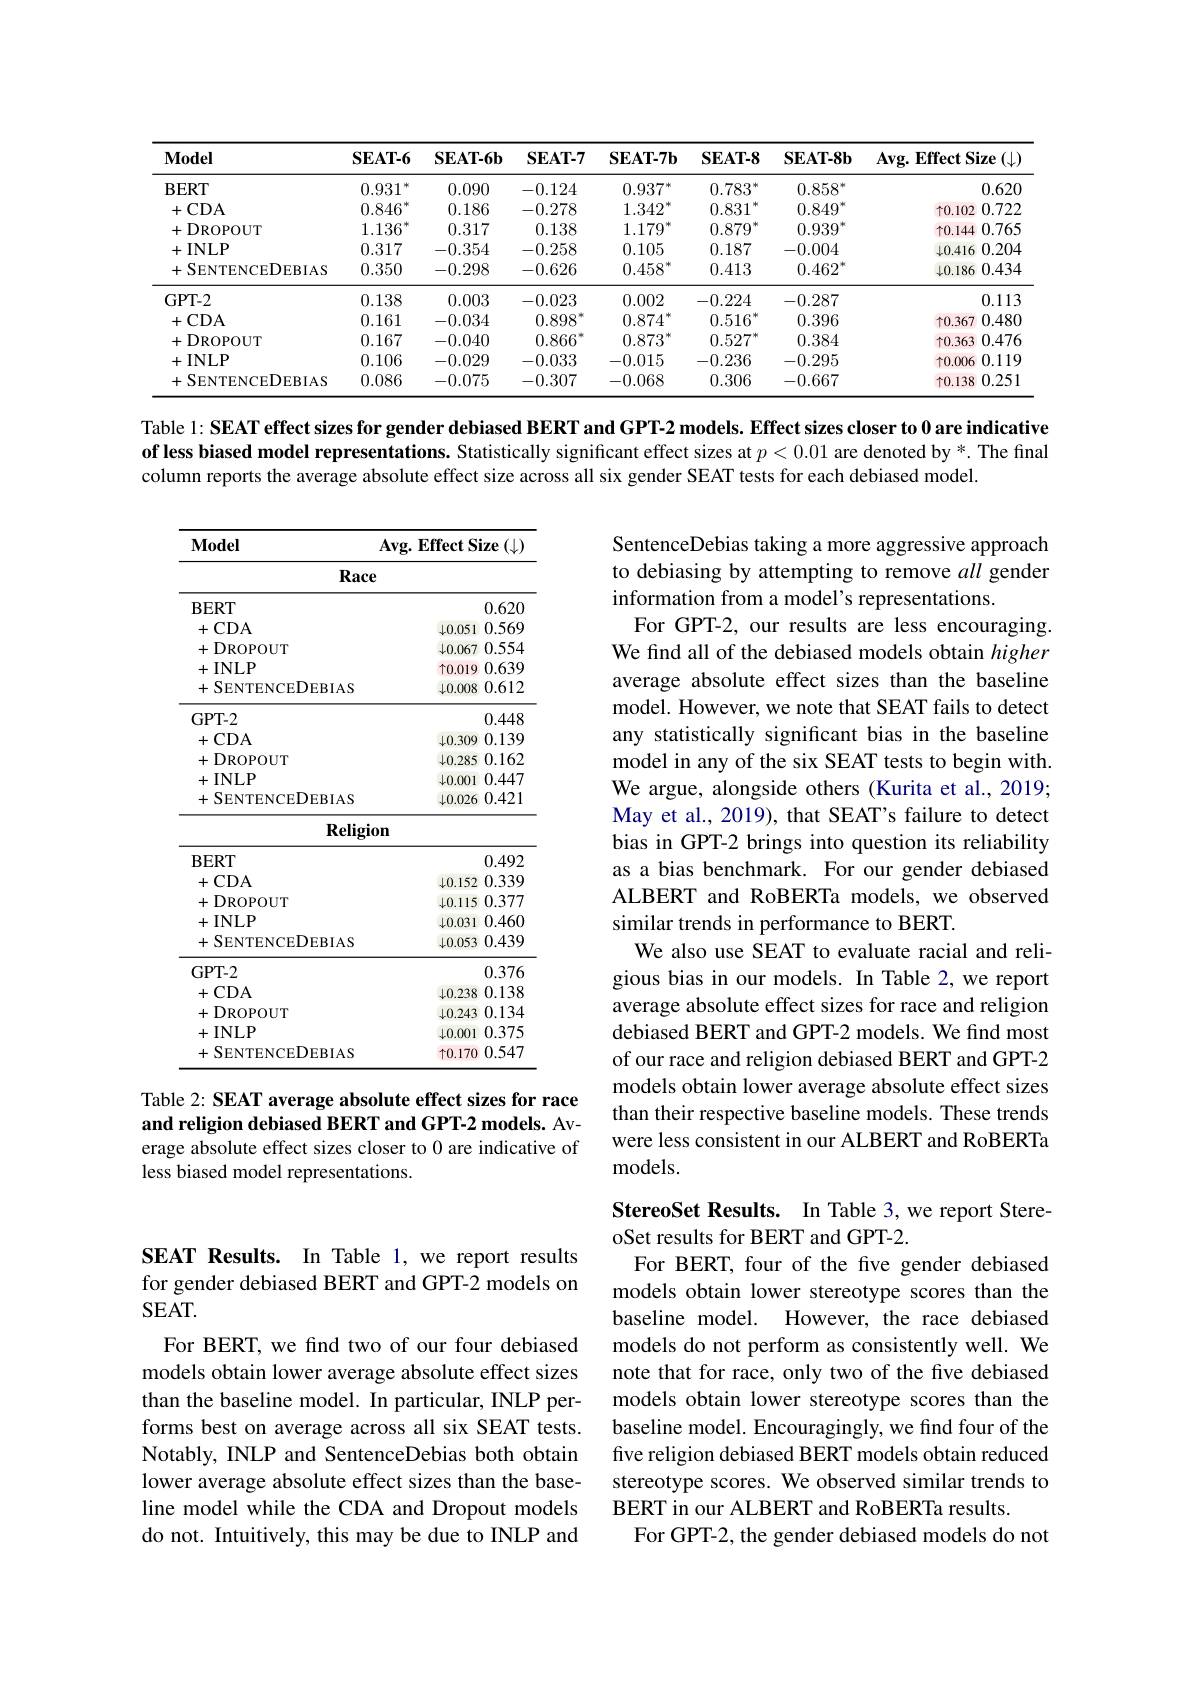
<table>
	<tbody>
		<tr>
			<th>$\mathbf{Model}$</th>
			<th>$\mathbf{SEAT-6}$</th>
			<th>$\mathbf{SEAT-6b}$</th>
			<th>$\mathbf{SEAT-7}$</th>
			<th>$\mathbf{SEAT-7b}$</th>
			<th>$iAT-8$</th>
			<th>$\mathbf{SEAT-8b}$</th>
			<th>$\mathbf{Avg.Effect~Size}$ $(\downarrow$</th>
		</tr>
		<tr>
			<td>$\mathbf{BERT}$</td>
			<td>0.931</td>
			<td>0.090</td>
			<td>-0.124</td>
			<td>$0.937^{*}$</td>
			<td>$.783^{\prime}$</td>
			<td>$0.858^{*}$</td>
			<td>0.620</td>
		</tr>
		<tr>
			<td>+CDA</td>
			<td>0.846</td>
			<td>0.186</td>
			<td>-0.278</td>
			<td>1.342</td>
			<td>.831</td>
			<td>0.849 1</td>
			<td>$\uparrow0.102$ 0.722</td>
		</tr>
		<tr>
			<td>+DROPOUT</td>
			<td>1.136</td>
			<td>0.317</td>
			<td>0.138</td>
			<td>1.179</td>
			<td>.879</td>
			<td>0.939 $1^{\prime}$</td>
			<td>$\uparrow0.144$ 0.765</td>
		</tr>
		<tr>
			<td>+INLP</td>
			<td>0.317</td>
			<td>-0.354</td>
			<td>-0.258</td>
			<td>0.105</td>
			<td>.187</td>
			<td>-0.004</td>
			<td>$\downarrow0.416$ 0.204</td>
		</tr>
		<tr>
			<td>+SENTENCEDEBIAS</td>
			<td>0.350</td>
			<td>-0.298</td>
			<td>-0.626</td>
			<td>$0.458^{*}$</td>
			<td>.413</td>
			<td>0.462</td>
			<td>$\downarrow0.186$ 0.434</td>
		</tr>
		<tr>
			<td>GPT- 2</td>
			<td>0.138</td>
			<td>0.003</td>
			<td>-0.023</td>
			<td>0.002</td>
			<td>.224</td>
			<td>-0.287</td>
			<td>0.113</td>
		</tr>
		<tr>
			<td>+CDA</td>
			<td>0.161</td>
			<td>-0.034</td>
			<td>0.898</td>
			<td>0.874 1</td>
			<td>.516</td>
			<td>0.396</td>
			<td>个0.367 0.480</td>
		</tr>
		<tr>
			<td>+DROPOUT</td>
			<td>0.167</td>
			<td>-0.040</td>
			<td>0.866 1.</td>
			<td>0.873</td>
			<td>$.527^{\prime}$ $I$</td>
			<td>0.384</td>
			<td>个0.363 $0.47\epsilon$</td>
		</tr>
		<tr>
			<td>+INLP</td>
			<td>0.106</td>
			<td>-0.029</td>
			<td>-0.033</td>
			<td>-0.015</td>
			<td>.236</td>
			<td>-0.295</td>
			<td>$\uparrow0.006$ 0.115</td>
		</tr>
		<tr>
			<td>+SENTENCEDEBIAS</td>
			<td>0.086</td>
			<td>-0.075</td>
			<td>-0.307</td>
			<td>-0.068</td>
			<td>.306</td>
			<td>-0.667</td>
			<td>个0.138 0.251</td>
		</tr>
	</tbody>
</table>

Table 1: SEAT effect sizes for gender debiased BERT and GPT-2 models. Effect sizes closer to 0 are indicative of less biased model representations. Statistically significant effect sizes at $p<0.01$ are denoted by *. The final column reports the average absolute effect size across all six gender SEAT tests for each debiased model.

<table>
	<tbody>
		<tr>
			<th>$\mathbf{Model}$ Avg</th>
			<th>$\mathbf{EffectS}$</th>
			<th>ize $:(\downarrow)$ 1 1</th>
		</tr>
		<tr>
			<th>Race</th>
			<th> </th>
			<th> </th>
		</tr>
		<tr>
			<td>$\mathbf{BERT}$</td>
			<td> </td>
			<td>0.620</td>
		</tr>
		<tr>
			<td>+CDA</td>
			<td>$\downarrow0.051$</td>
			<td>0.569</td>
		</tr>
		<tr>
			<td>+DROPOUT</td>
			<td>$\downarrow0.067$</td>
			<td>0.554</td>
		</tr>
		<tr>
			<td>+INLP</td>
			<td>$\uparrow0.019$</td>
			<td>0.639</td>
		</tr>
		<tr>
			<td>+SENTENCEDEBIAS</td>
			<td>$\downarrow0.008$</td>
			<td>0.612</td>
		</tr>
		<tr>
			<td>GPT- 2</td>
			<td> </td>
			<td>0.448</td>
		</tr>
		<tr>
			<td>+CDA</td>
			<td>$\downarrow0.309$</td>
			<td>0.139</td>
		</tr>
		<tr>
			<td>+DROPOUT</td>
			<td>$\downarrow0.285$</td>
			<td>0.162</td>
		</tr>
		<tr>
			<td>+INLP</td>
			<td>$\downarrow0.001$</td>
			<td>0.447</td>
		</tr>
		<tr>
			<td>+SENTENCEDEBIAS</td>
			<td>$\downarrow0.026$</td>
			<td>0.421</td>
		</tr>
		<tr>
			<td>Religion</td>
			<td> </td>
			<td> </td>
		</tr>
		<tr>
			<td>$\mathbf{BERT}$</td>
			<td> </td>
			<td>0.492</td>
		</tr>
		<tr>
			<td>+CDA</td>
			<td>$\downarrow0.152$</td>
			<td>0.339</td>
		</tr>
		<tr>
			<td>+DROPOUT</td>
			<td>$\downarrow0.115$</td>
			<td>0.377</td>
		</tr>
		<tr>
			<td>+INLP</td>
			<td>$\downarrow0.031$</td>
			<td>0.460</td>
		</tr>
		<tr>
			<td>+SENTENCEDEBIAS</td>
			<td>40.053</td>
			<td>0.439</td>
		</tr>
		<tr>
			<td>GPT-2</td>
			<td> </td>
			<td>0.376</td>
		</tr>
		<tr>
			<td>+CDA</td>
			<td>$\downarrow0.238$</td>
			<td>0.138</td>
		</tr>
		<tr>
			<td>+DROPOUT</td>
			<td>$\downarrow.0.243$</td>
			<td>0.134</td>
		</tr>
		<tr>
			<td>+INLP</td>
			<td>$\downarrow0.001$</td>
			<td>0.375</td>
		</tr>
		<tr>
			<td>+SENTENCEDEBIAS</td>
			<td>$\uparrow0.170$</td>
			<td>0.547</td>
		</tr>
	</tbody>
</table>

SentenceDebias taking a more aggressive approach to debiasing by attempting to remove all gender information from a model's representations.
For GPT-2, our results are less encouraging. We find all of the debiased models obtain higher average absolute effect sizes than the baseline model. However, we note that SEAT fails to detect any statistically significant bias in the baseline model in any of the six SEAT tests to begin with. We argue, alongside others (Kurita et al., 2019; May et al., 2019), that SEAT's failure to detect bias in GPT-2 brings into question its reliability as a bias benchmark. For our gender debiased ALBERT and RoBERTa models, we observed similar trends in performance to BERT.
We also use SEAT to evaluate racial and religious bias in our models. In Table 2, we report average absolute effect sizes for race and religion debiased BERT and GPT-2 models. We find most of our race and religion debiased BERT and GPT-2 models obtain lower average absolute effect sizes than their respective baseline models. These trends were less consistent in our ALBERT and RoBERTa ${\mathrm{models.}}$

Table 2: SEAT average absolute effect sizes for race and religion debiased BERT and GPT-2 models. Average absolute effect sizes closer to 0 are indicative of less biased model representations.

## SEAT Results. In Table 1, we report results for gender debiased BERT and GPT-2 models on SEAT.

StereoSet Results. In Table 3,we report Stere-
oSet results for BERT and GPT-2.
For BERT, four of the five gender debiased models obtain lower stereotype scores than the baseline model. However, the race debiased models do not perform as consistently well. We note that for race, only two of the five debiased models obtain lower stereotype scores than the baseline model. Encouragingly, we find four of the five religion debiased BERT models obtain reduced stereotype scores. We observed similar trends to BERT in our ALBERT and RoBERTa results.
For GPT-2, the gender debiased models do not

For BERT, we find two of our four debiased models obtain lower average absolute effect sizes than the baseline model. In particular, INLP performs best on average across all six SEAT tests. Notably, INLP and SentenceDebias both obtain lower average absolute effect sizes than the baseline model while the CDA and Dropout models do not. Intuitively, this may be due to INLP and